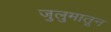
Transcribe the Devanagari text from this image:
जुलुमातून